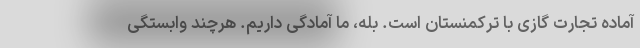
آماده تجارت گازی با ترکمنستان است. بله، ما آمادگی داریم. هرچند وابستگی